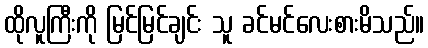
ထိုလူကြီးကို မြင်မြင်ချင်း သူ ခင်မင်လေးစားမိသည်။